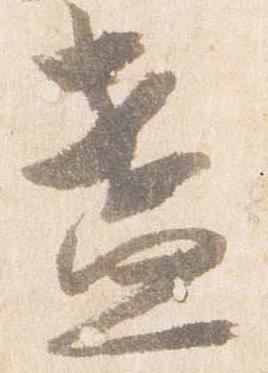
盞